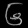
Digit: ၆